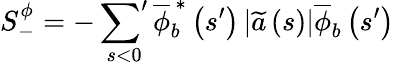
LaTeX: S_{-}^{\phi}=-\displaystyle\sideset{}{'}\sum_{s<0}\overline{{\phi}}_{b}^{\, \ast}\left(s^{\prime}\right)\left\vert\widetilde{a}\left(s\right)\right\vert\overline{{\phi}}_{b}\left(s^{\prime}\right)